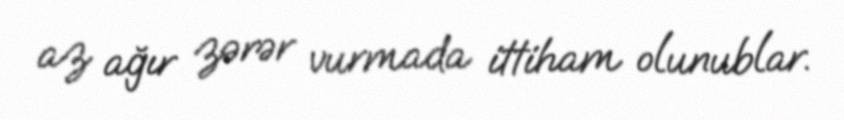
az ağır zərər vurmada ittiham olunublar.